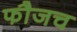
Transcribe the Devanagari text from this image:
फौजच